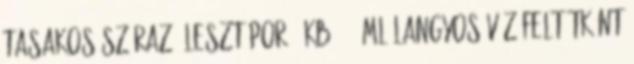
tasakos száraz élesztőpor - kb. 650ml langyos víz Feltétként